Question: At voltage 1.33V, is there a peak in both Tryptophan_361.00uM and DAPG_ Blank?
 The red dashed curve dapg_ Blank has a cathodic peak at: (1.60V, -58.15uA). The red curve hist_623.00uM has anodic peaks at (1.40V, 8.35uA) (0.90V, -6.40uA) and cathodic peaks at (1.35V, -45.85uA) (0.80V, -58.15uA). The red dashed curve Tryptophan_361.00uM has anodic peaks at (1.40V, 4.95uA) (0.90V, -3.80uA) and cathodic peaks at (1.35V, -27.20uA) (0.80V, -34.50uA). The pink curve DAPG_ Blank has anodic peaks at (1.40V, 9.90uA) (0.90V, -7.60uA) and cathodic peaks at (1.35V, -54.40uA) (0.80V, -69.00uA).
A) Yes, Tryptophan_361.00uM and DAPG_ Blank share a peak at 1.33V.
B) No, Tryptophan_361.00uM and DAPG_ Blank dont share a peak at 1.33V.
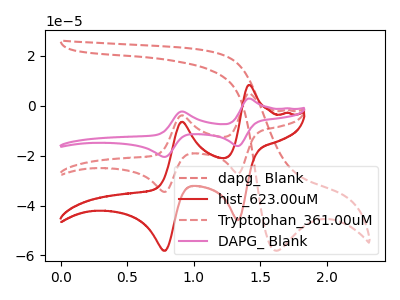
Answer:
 <answer>A) Yes, "Tryptophan_361.00uM" and "DAPG_ Blank" share a peak at 1.33V.</answer>
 <eval>A</eval>